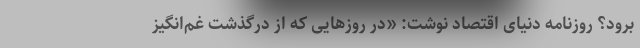
برود؟ روزنامه دنیای‌ اقتصاد نوشت: «در روزهایی که از درگذشت غم‌انگیز